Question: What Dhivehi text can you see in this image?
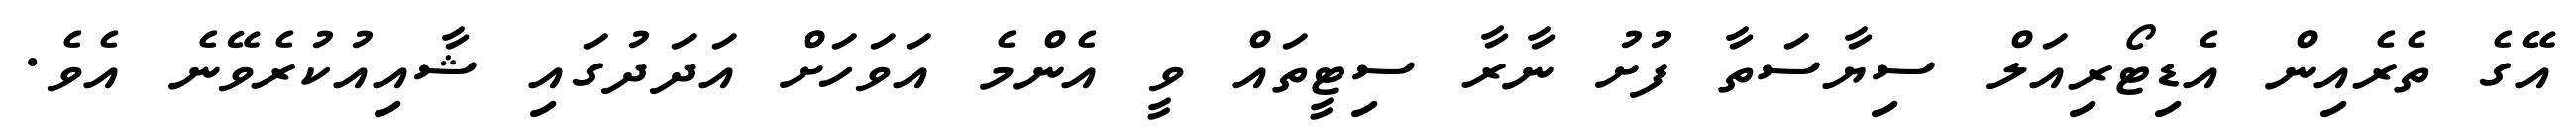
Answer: އޭގެ ތެރެއިން އެޑިޓޯރިއަލް ސިޔާސަތާ ފުށު ނާރާ ސިޓީތައް ވީ އެންމެ އަވަހަށް އަދަދުގައި ޝާއިއުކުރެވޭނެ އެވެ.